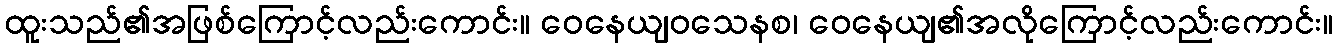
ထူးသည်၏အဖြစ်ကြောင့်လည်းကောင်း။ ဝေနေယျဝသေနစ၊ ဝေနေယျ၏အလိုကြောင့်လည်းကောင်း။